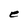
Character: e